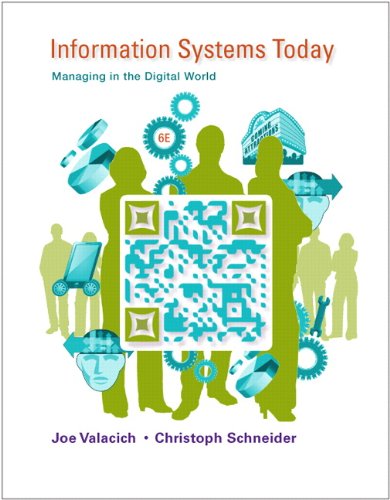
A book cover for Information Systems Today: Managing in the Digital World (6th Edition); Joseph Valacich; Business & Money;